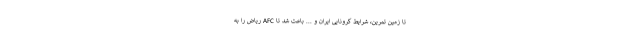
تا زمین تمرین، شرایط کرونایی ایران و ... باعث شد تا AFC ریاض را به